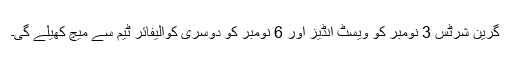
گرین شرٹس 3 نومبر کو ویسٹ انڈیز اور 6 نومبر کو دوسری کوالیفائر ٹیم سے میچ کھیلے گی۔